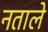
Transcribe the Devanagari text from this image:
नताले